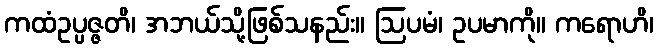
ကထံဥပ္ပဇ္ဇတိ၊ အဘယ်သို့ဖြစ်သနည်း။ ဩပမံ၊ ဥပမာကို။ ကရောဟိ၊